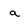
Character: a